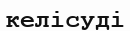
келісуді